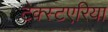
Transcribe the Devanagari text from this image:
टेक्स्टएरिया